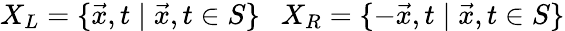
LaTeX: X_{L}=\{ \vec{x},t\; |\; \vec{x},t\in S\} ~~~X_{R}=\{ -\vec{x},t\; |\; \vec{x},t\in S\}